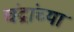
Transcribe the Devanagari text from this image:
चंद्रांच्या